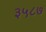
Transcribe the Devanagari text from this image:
३५८७